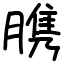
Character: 䐪